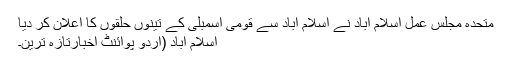
متحدہ مجلس عمل اسلام آباد نے اسلام آباد سے قومی اسمبلی کے تینوں حلقوں کا اعلان کر دیا
اسلام آباد (اُردو پوائنٹ اخبارتازہ ترین۔